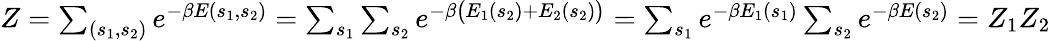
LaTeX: \begin{array}{r}{Z=\sum_{(s_{1},s_{2})}e^{-\beta E(s_{1},s_{2})}=\sum_{s_{1}}\sum_{s_{2}}e^{-\beta\big(E_{1}(s_{2})+E_{2}(s_{2})\big)}=\sum_{s_{1}}e^{-\beta E_{1}(s_{1})}\sum_{s_{2}}e^{-\beta E(s_{2})}=Z_{1}Z_{2}}\end{array}